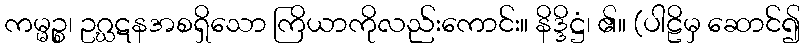
ကမ္မဉ္စ၊ ဥဂ္ဃဋနအစရှိသော ကြိယာကိုလည်းကောင်း။ နိဒ္ဒိဋ္ဌံ၊ ၏။ (ပါဠိမှ ဆောင်၍